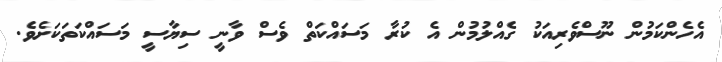
އެހެންކަމުން ނޫސްވެރިއަކު ގެއްލުމުން އެ ކުރާ މަސައްކަތް ވެސް ވާނީ ސިޔާސީ މަސައްކަތަކަށެވެ.